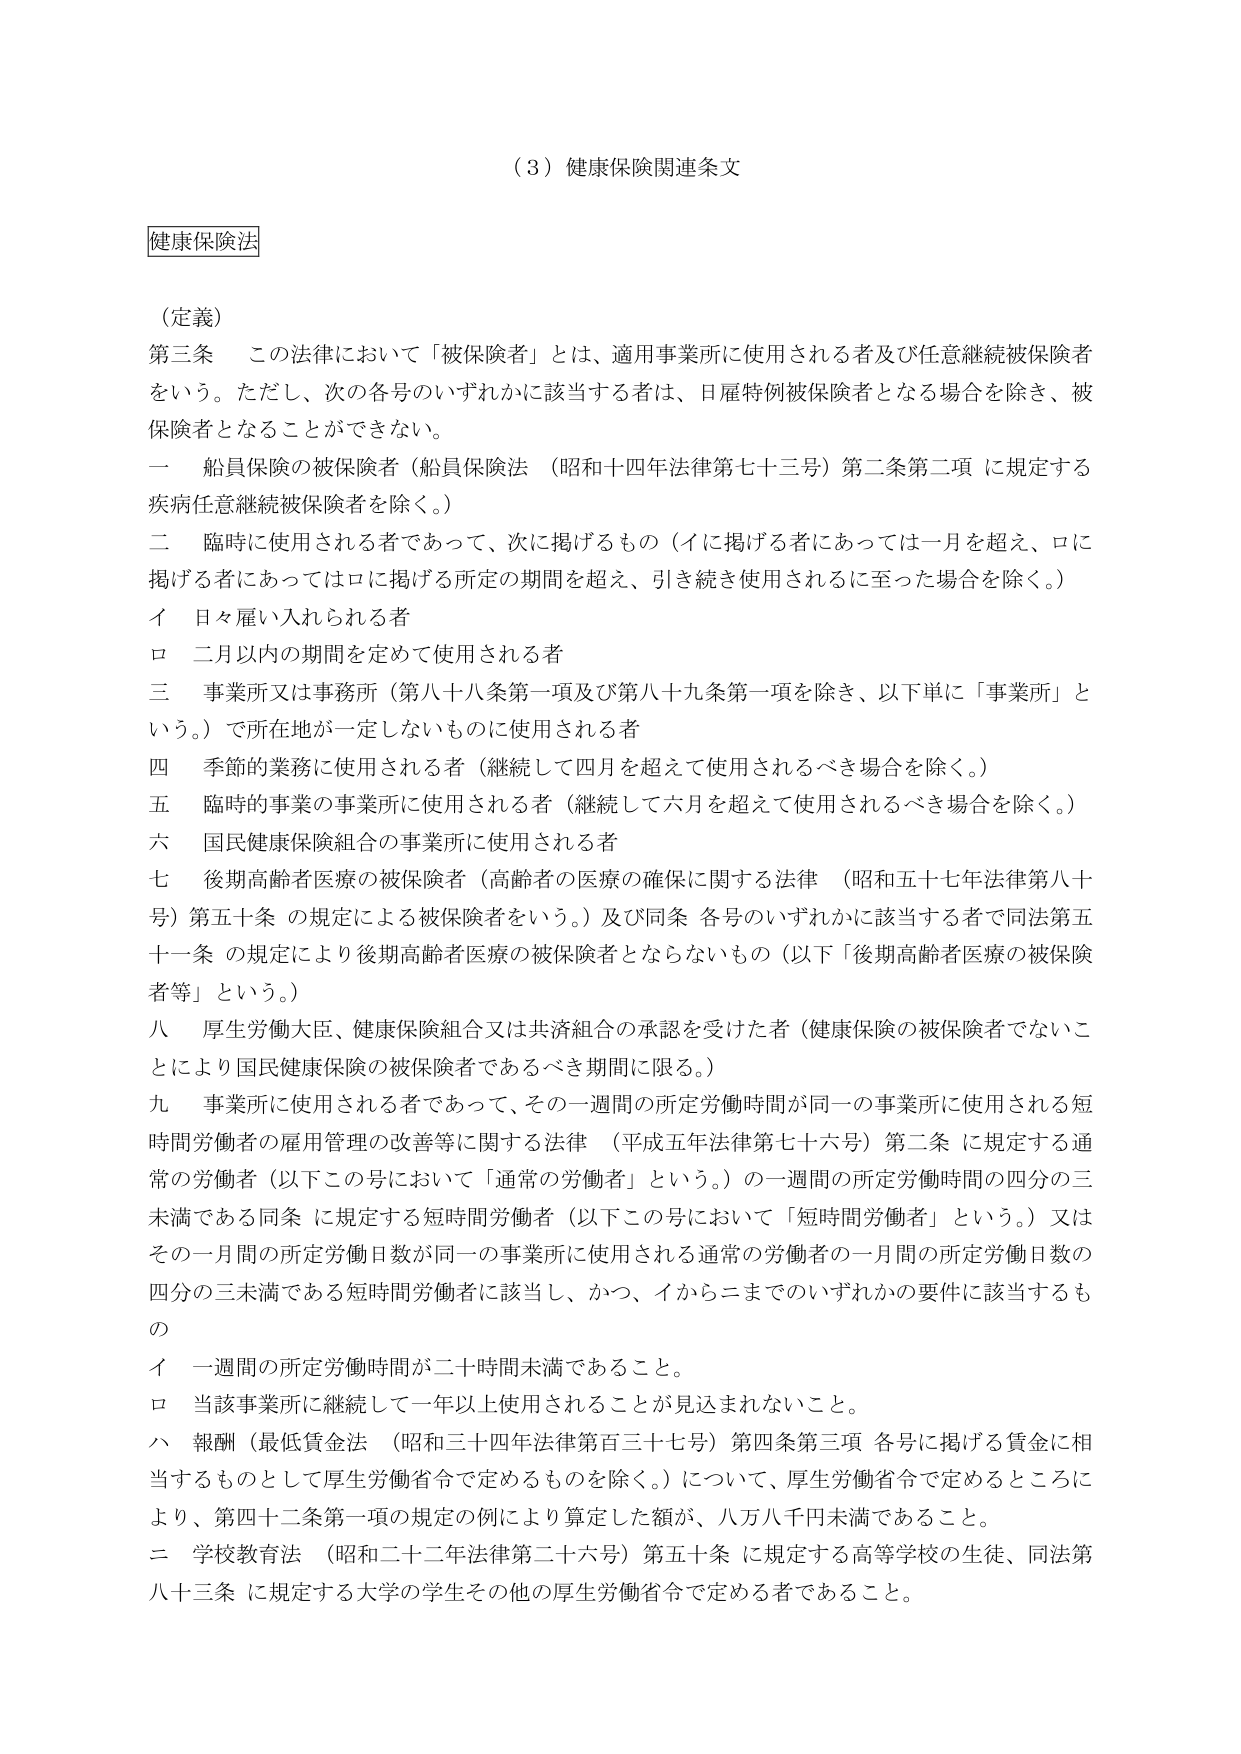
（３）健康保険関連条文

健康保険法

（定義）

第三条　この法律において「被保険者」とは、適用事業所に使用される者及び任意継続被保険者をいう。ただし、次の各号のいずれかに該当する者は、日雇特例被保険者となる場合を除き、被保険者となることができない。

一　船員保険の被保険者（船員保険法（昭和十四年法律第七十三号）第二条第二項に規定する疾病任意継続被保険者を除く。）

二　臨時に使用される者であって、次に掲げるも の（イに掲げる者にあっては一月を超え、ロに掲げる者にあってはロに掲げる所定の期間を超え、引き続き使用されるに至った場合を除く。）

　イ　日々雇い入れられる者

　ロ　二月以内の期間を定めて使用される者

三　事業所又は事務所（第八十八条第一項及び第八十九条第一項を除き、以下単に「事業所」という。）で所在地が一定しないものに使用される者

四　季節的業務に使用される者（継続して四月を超えて使用されるべき場合を除く。）

五　臨時の事業の事業所に使用される者（継続して六月を超えて使用されるべき場合を除く。）

六　国民健康保険組合の事業所に使用される者

七　後期高齢者医療の被保険者（高齢者の医療の確保に関する法律（昭和五十七年法律第八十号）第五十条の規定による被保険者をいう。）及び同条各号のいずれかに該当する者で同法第五十一条の規定により後期高齢者医療の被保険者とならないもの（以下「後期高齢者医療の被保険者等」という。）

八　厚生労働大臣、健康保険組合又は共済組合の承認を受けた者（健康保険の被保険者でないことにより国民健康保険の被保険者であるべき期間に限る。）

九　事業所に使用される者であって、その一週間の所定労働時間が同一の事業所に使用される短時間労働者の雇用管理の改善等に関する法律（平成五年法律第七十六号）第二条に規定する通常の労働者（以下この号において「通常の労働者」という。）の一週間の所定労働時間の四分の三未満である同条に規定する短時間労働者（以下この号において「短時間労働者」という。）又はその一月間の所定労働日数が同一の事業所に使用される通常の労働者の一月間の所定労働日数の四分の三未満である短時間労働者に該当し、かつ、イからニまでのいずれかの要件に該当するもの

　イ　一週間の所定労働時間が二十時間未満であること。

　ロ　当該事業所に継続して一年以上使用されることが見込まれないこと。

　ハ　報酬（最低賃金法（昭和三十四年法律第百三十七号）第四条第三項各号に掲げる賃金に相当するものとして厚生労働省令で定めるものを除く。）について、厚生労働省令で定めるところにより、第四十二条第一項の規定の例により算定した額が、八万八千円未満であること。

　ニ　学校教育法（昭和二十二年法律第二十六号）第五十条に規定する高等学校の生徒、同法第八十三条に規定する大学の学生その他の厚生労働省令で定める者であること。